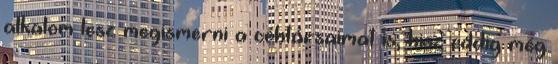
alkalom lesz megismerni a céhtársaimat is, hisz eddig még